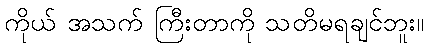
ကိုယ် အသက် ကြီးတာကို သတိမရချင်ဘူး။